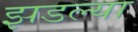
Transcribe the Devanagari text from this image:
झडल्या